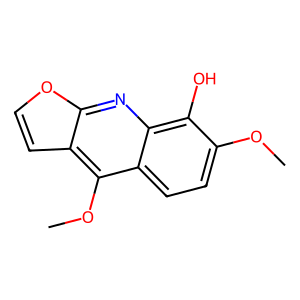
SMILES: COc1ccc2c(OC)c3ccoc3nc2c1O
Inhibits HIV replication: No